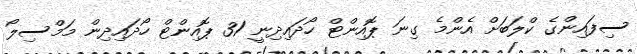
ސިފައިންގެ ކްލަބަށް އެންމެ ގިނަ ޕޮއިންޓް ހޯދައިދިނީ 31 ޕޮއިންޓް ހޯދައިދިން މަމްސިލޯ